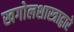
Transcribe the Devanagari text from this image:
खगोलशास्त्राद्वारे